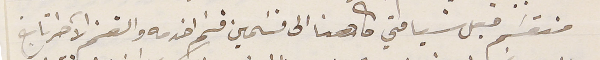
منقسَم قبل سيامتي كاهنا الى قسَمين قسَم اخدمه والقسَم الآخر تابع